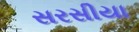
સરસીયા